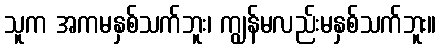
သူက အကမနှစ်သက်ဘူး၊ ကျွန်မလည်းမနှစ်သက်ဘူး။